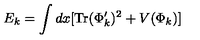
E _ { k } = \int d x [ \mathrm { T r } ( \Phi _ { k } ^ { \prime } ) ^ { 2 } + V ( \Phi _ { k } ) ]